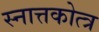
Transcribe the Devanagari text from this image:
स्नात्तकोत्त्र